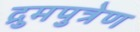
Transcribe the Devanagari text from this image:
द्रुमपुत्रेण